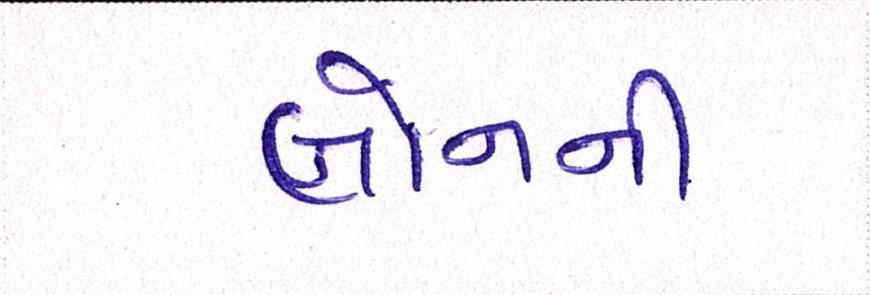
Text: લોનની